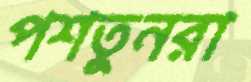
পশতুনরা